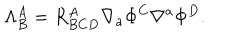
LaTeX: \Lambda _ { B } ^ { A } = R _ { B C D } ^ { A } \nabla _ { a } \Phi ^ { C } \nabla ^ { a } \Phi ^ { D } .